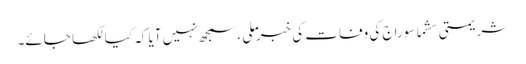
شریمتی سشما سوراج کی وفات کی خبر ملی ،سمجھ نہیں آیا کہ کیا لکھا جائے۔